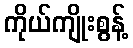
ကိုယ်ကျိုးစွန့်